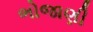
ભોજાણી